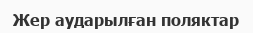
Жер аударылған поляктар